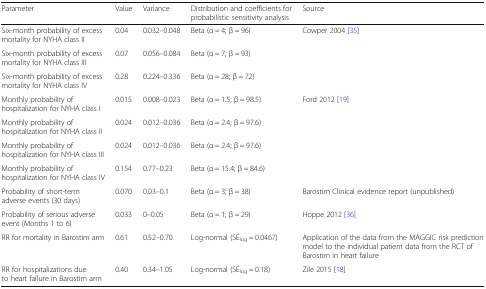
| Parameter | Value | Variance | Distribution and coefficients for probabilistic sensitivity analysis | Source |
 | --- | --- | --- | --- | --- |
 | Six-month probability of excess mortality for NYHA class II | 0.04 | 0.032–0.048 | Beta (α = 4; β = 96) | <ROWSPAN=3> Cowper 2004 [35] |
 | Six-month probability of excess mortality for NYHA class III | 0.07 | 0.056–0.084 | Beta (α = 7; β = 93) |
 | Six-month probability of excess mortality for NYHA class IV | 0.28 | 0.224–0.336 | Beta (α = 28; β = 72) |
 | Monthly probability of hospitalization for NYHA class I | 0.015 | 0.008–0.023 | Beta (α = 1.5; β = 98.5) | <ROWSPAN=4> Ford 2012 [19] |
 | Monthly probability of hospitalization for NYHA class II | 0.024 | 0.012–0.036 | Beta (α = 2.4; β = 97.6) |
 | Monthly probability of hospitalization for NYHA class III | 0.024 | 0.012–0.036 | Beta (α = 2.4; β = 97.6) |
 | Monthly probability of hospitalization for NYHA class IV | 0.154 | 0.77–0.23 | Beta (α = 15.4; β = 84.6) |
 | Probability of short-term adverse events (30 days) | 0.070 | 0.03–0.1 | Beta (α = 3; β = 38) | Barostim Clinical evidence report (unpublished) |
 | Probability of serious adverse event (Months 1 to 6) | 0.033 | 0–0.05 | Beta (α = 1; β = 29) | Hoppe 2012 [36] |
 | RR for mortality in Barostim arm | 0.61 | 0.52–0.70 | Log-normal (SElog = 0.0467) | Application of the data from the MAGGIC risk prediction model to the individual patient data from the RCT of Barostim in heart failure |
 | RR for hospitalizations due to heart failure in Barostim arm | 0.40 | 0.34–1.05 | Log-normal (SElog = 0.18) | Zile 2015 [18] |